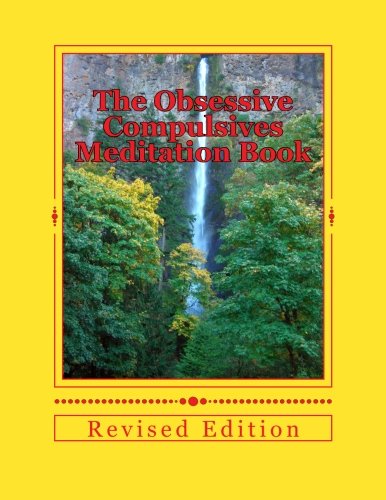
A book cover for The Obsessive Compulsives Meditation Book: Meditations, Affirmations & Exercises; Dr Christian R Komor; Health, Fitness & Dieting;